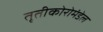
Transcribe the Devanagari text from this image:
तृतीकोरोमंडेल